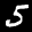
Label: 5